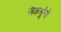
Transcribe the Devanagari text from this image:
नैकश्रृंगो